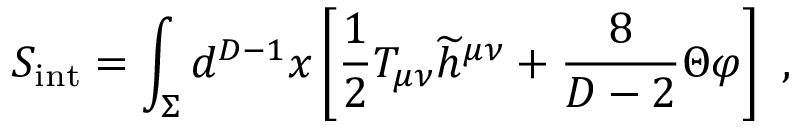
S _ { \mathrm { { \small i n t } } } = \int _ { \Sigma } d ^ { D - 1 } x \left[ { \frac { 1 } { 2 } } T _ { \mu \nu } { \widetilde h } ^ { \mu \nu } + { \frac { 8 } { D - 2 } } \Theta \varphi \right] ~ ,